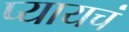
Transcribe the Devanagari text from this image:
प्यायचं